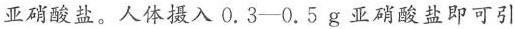
亚硝酸盐。人体摄入0.3-0.5g亚硝酸盐即可引